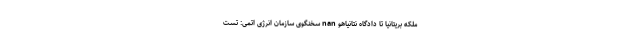
ملکه بریتانیا تا دادگاه نتانیاهو nan سخنگوی سازمان انرژی اتمی: تست